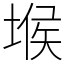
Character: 堠